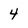
Character: 4